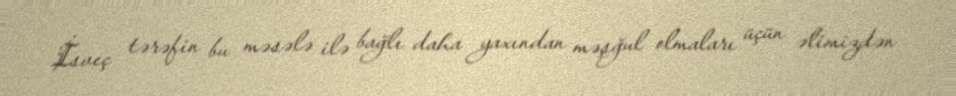
İsveç tərəfin bu məsələ ilə bağlı daha yaxından məşğul olmaları üçün əlimizdən